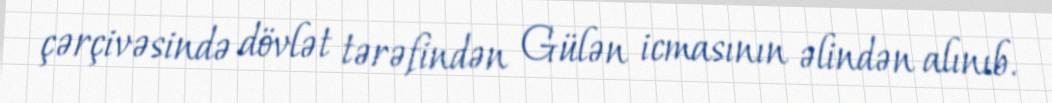
çərçivəsində dövlət tərəfindən Gülən icmasının əlindən alınıb.